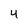
Character: 4